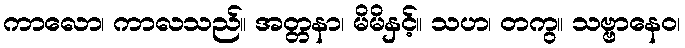
ကာလော၊ ကာလသည်။ အတ္တနာ၊ မိမိနှင့်။ သဟ၊ တကွ။ သဗ္ဗာနေဝ၊